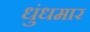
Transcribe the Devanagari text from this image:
धुंधमार